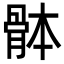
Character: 骵